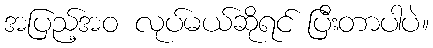
အပြည့်အဝ လုပ်မယ်ဆိုရင် ပြီးတာပါပဲ။